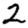
Digit: 2